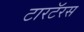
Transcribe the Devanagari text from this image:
टारटॅरस